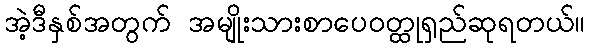
အဲ့ဒီနှစ်အတွက် အမျိုးသားစာပေဝတ္ထုရှည်ဆုရတယ်။